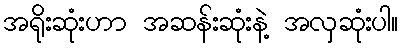
အရိုးဆုံးဟာ အဆန်းဆုံးနဲ့ အလှဆုံးပါ။